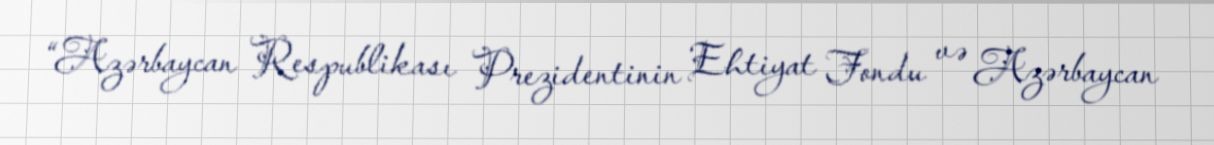
“Azərbaycan Respublikası Prezidentinin Ehtiyat Fondu və Azərbaycan